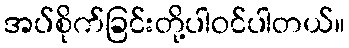
အပ်စိုက်ခြင်းတို့ပါဝင်ပါတယ်။